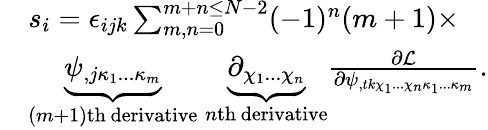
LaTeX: \begin{array}{r}{\begin{array}{rl}&{s_{i}=\epsilon_{ijk}\sum_{m,n=0}^{m+n\leq N-2}(-1)^{n}(m+1)\times}\\ &{\underbrace{\psi_{,j\kappa_{1}...\kappa_{m}}}_{(m+1)\mathrm{th\, derivative}}\; \underbrace{\partial_{\chi_{1}...\chi_{n}}}_{n\mathrm{th\, derivative}}\frac{\partial\mathcal L}{\partial\psi_{,tk\chi_{1}...\chi_{n}\kappa_{1}...\kappa_{m}}}.}\end{array}}\end{array}